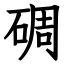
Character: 碉